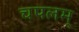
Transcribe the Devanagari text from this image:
चपलम्